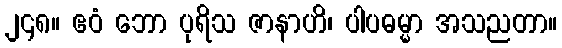
၂၄၈။ ဧဝံ ဘော ပုရိသ ဇာနာဟိ၊ ပါပဓမ္မာ အသညတာ။